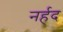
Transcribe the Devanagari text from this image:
नर्हद